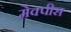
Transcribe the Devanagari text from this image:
मेक्पीस